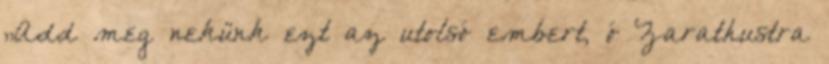
„Add meg nekünk ezt az utolsó embert, ó Zarathustra